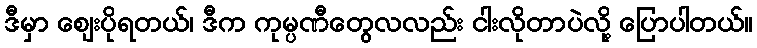
ဒီမှာ ဈေးပိုရတယ်၊ ဒီက ကုမ္ပဏီတွေလလည်း ငါးလိုတာပဲလို့ ပြောပါတယ်။